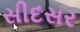
સીદસર